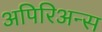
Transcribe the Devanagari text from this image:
अपिरिअन्स